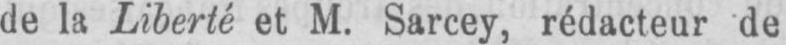
de la Liberté et M. Sarcey, rédacteur de